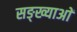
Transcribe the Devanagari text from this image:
सङ्ख्याअाें